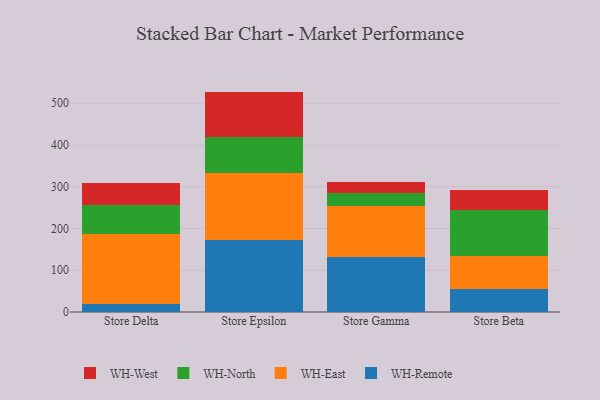
{"axis": {"x": "Store", "y": "Budget (USD K)"}, "legend": ["WH-East", "WH-North", "WH-Remote", "WH-West"], "data": [{"x": "Store Delta", "y": 19.4, "type": "WH-Remote"}, {"x": "Store Delta", "y": 166.3, "type": "WH-East"}, {"x": "Store Delta", "y": 70.3, "type": "WH-North"}, {"x": "Store Delta", "y": 54.0, "type": "WH-West"}, {"x": "Store Epsilon", "y": 171.8, "type": "WH-Remote"}, {"x": "Store Epsilon", "y": 160.3, "type": "WH-East"}, {"x": "Store Epsilon", "y": 86.7, "type": "WH-North"}, {"x": "Store Epsilon", "y": 108.8, "type": "WH-West"}, {"x": "Store Gamma", "y": 132.7, "type": "WH-Remote"}, {"x": "Store Gamma", "y": 120.9, "type": "WH-East"}, {"x": "Store Gamma", "y": 32.1, "type": "WH-North"}, {"x": "Store Gamma", "y": 26.2, "type": "WH-West"}, {"x": "Store Beta", "y": 55.7, "type": "WH-Remote"}, {"x": "Store Beta", "y": 77.2, "type": "WH-East"}, {"x": "Store Beta", "y": 111.2, "type": "WH-North"}, {"x": "Store Beta", "y": 48.3, "type": "WH-West"}]}